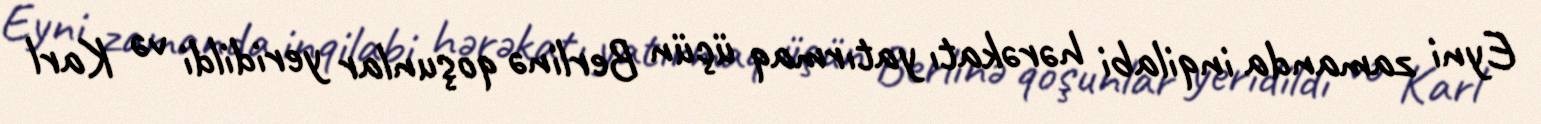
Eyni zamanda inqilabi hərəkatı yatırmaq üçün Berlinə qoşunlar yeridildi və Karl